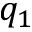
q _ { 1 }